Leaving Certificate Examination (including Day School Certificate (Higher) General paper), 1932
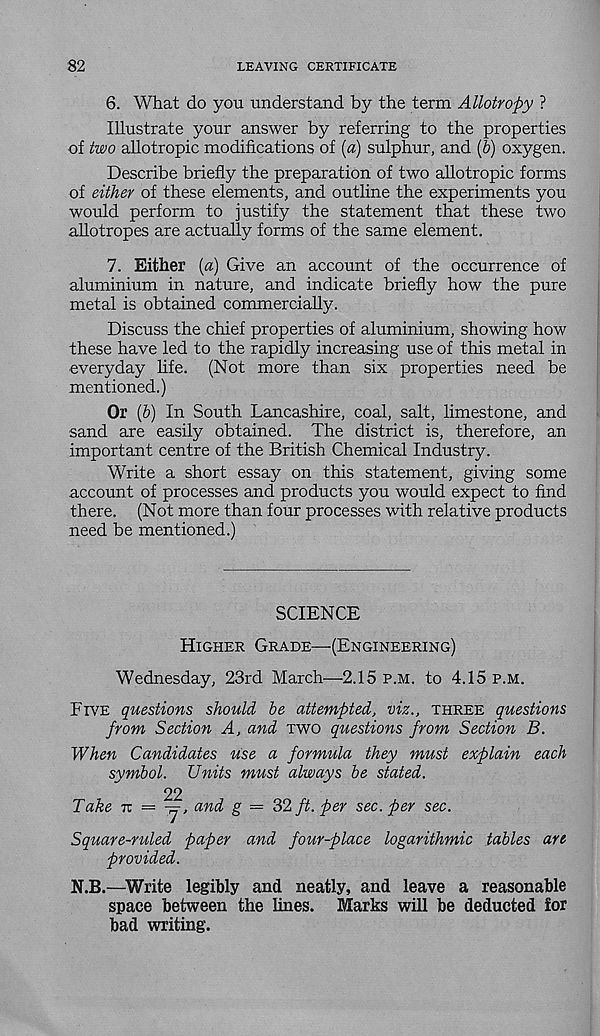
82
LEAVING CERTIFICATE
6. What do you understand by the term Allotropy ?
Illustrate your answer by referring to the properties
of two allotropic modifications of (a) sulphur, and (6) oxygen.
Describe briefly the preparation of two allotropic forms
of either of these elements, and outline the experiments you
would perform to justify the statement that these two
allotropes are actually forms of the same element.
7. Either {a) Give an account of the occurrence of
aluminium in nature, and indicate briefly how the pure
metal is obtained commercially.
Discuss the chief properties of aluminium, showing how
these have led to the rapidly increasing use of this metal in
everyday life. (Not more than six properties need be
mentioned.)
Or (&) In South Lancashire, coal, salt, limestone, and
sand are easily obtained. The district is, therefore, an
important centre of the British Chemical Industry.
Write a short essay on this statement, giving some
account of processes and products you would expect to find
there. (Not more than four processes with relative products
need be mentioned.)
SCIENCE
Higher Grade—-(Engineering)
Wednesday, 23rd March—2.15 p.m. to 4.15 p.m.
Five questions should be attempted, viz., three questions
from Section A, and two questions from Section B.
When Candidates use a formula they must explain each
symbol. Units must always be stated.
22
Take 11 = -=, and g = 32 ft. per sec. per sec.
Square-ruled paper and four-place logarithmic tables are
provided.
N.B.—'Write legibly and neatly, and leave a reasonable
space between the lines. Marks will be deducted for
bad writing.